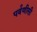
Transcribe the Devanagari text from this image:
पर्वणीसी